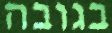
בגובה